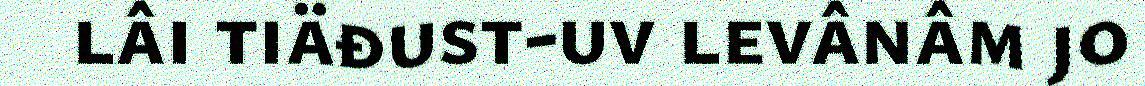
lâi tiäđust-uv levânâm jo